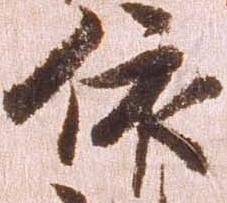
依